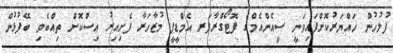
ފުލުހުން ހައްޔަރުކޮށްފައިވަނީ ސީއެންއެމްގެ ފޮޓޯގްރާފަރ އެމްޑީޕީ މުޒާހަރާ ފެށިއިރު އިސްކޮށް ތިއްބެވި ބޭފުޅުން